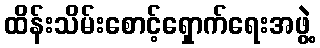
ထိန်းသိမ်းစောင့်ရှောက်ရေးအဖွဲ့